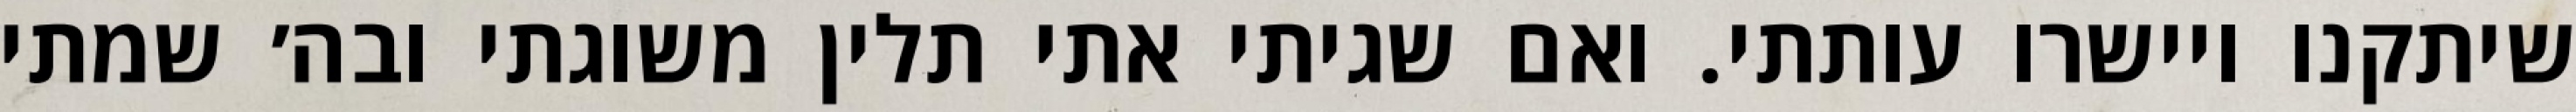
שיתקנו ויישרו עותתי. ואם שגיתי אתי תלין משוגתי ובה׳ שמתי